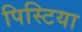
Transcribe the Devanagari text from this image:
पिस्टिया